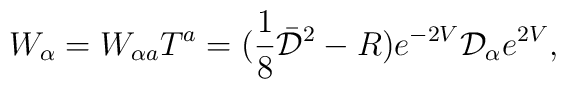
W_{\alpha} =W_{\alpha a}T^a = (\frac{1}{8} \bar{{\cal D}}^2 -R)e^{-2V}{\cal D}_{\alpha} e^{2V} ,